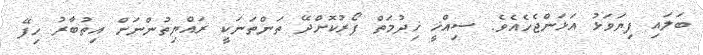
ބަލައި ފިޔަވަޅު އަޅަންޖެހެއެވެ. ސިއްޚީ ޚިދުމަތް ފޯރުކޮށްދޭ ތަންތަނަކީ ރައްޔިތުންނަށް އިތުބާރު ހިފޭ